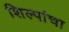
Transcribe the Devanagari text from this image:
शिल्पांचा